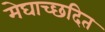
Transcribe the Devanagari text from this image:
मेघाच्छदित